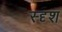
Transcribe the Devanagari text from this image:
स्दृश